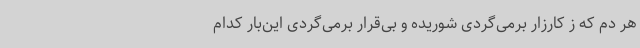
هر دم که ز کارزار برمی‌گردی شوریده و بی‌قرار برمی‌گردی این‌بار کدام